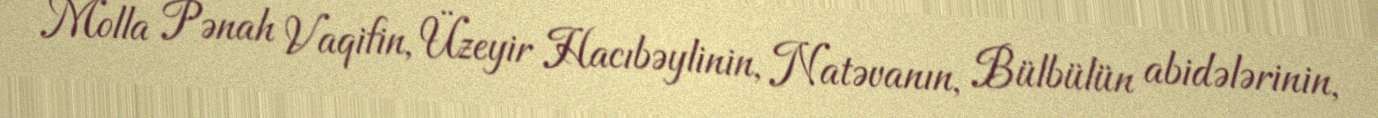
Molla Pənah Vaqifin, Üzeyir Hacıbəylinin, Natəvanın, Bülbülün abidələrinin,